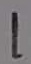
Text: 1